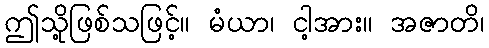
ဤသို့ဖြစ်သဖြင့်။ မံယာ၊ ငါ့အား။ အဇာတိ၊